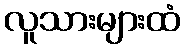
လူသားများထံ